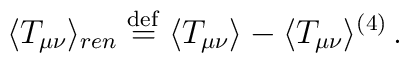
\langle T_{\mu\nu}\rangle_{ren}\stackrel{\rm def}{=}\langle T_{\mu\nu}\rangle-\langle T_{\mu\nu}\rangle^{(4)}\, .